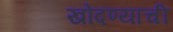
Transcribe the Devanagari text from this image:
खोदण्याची